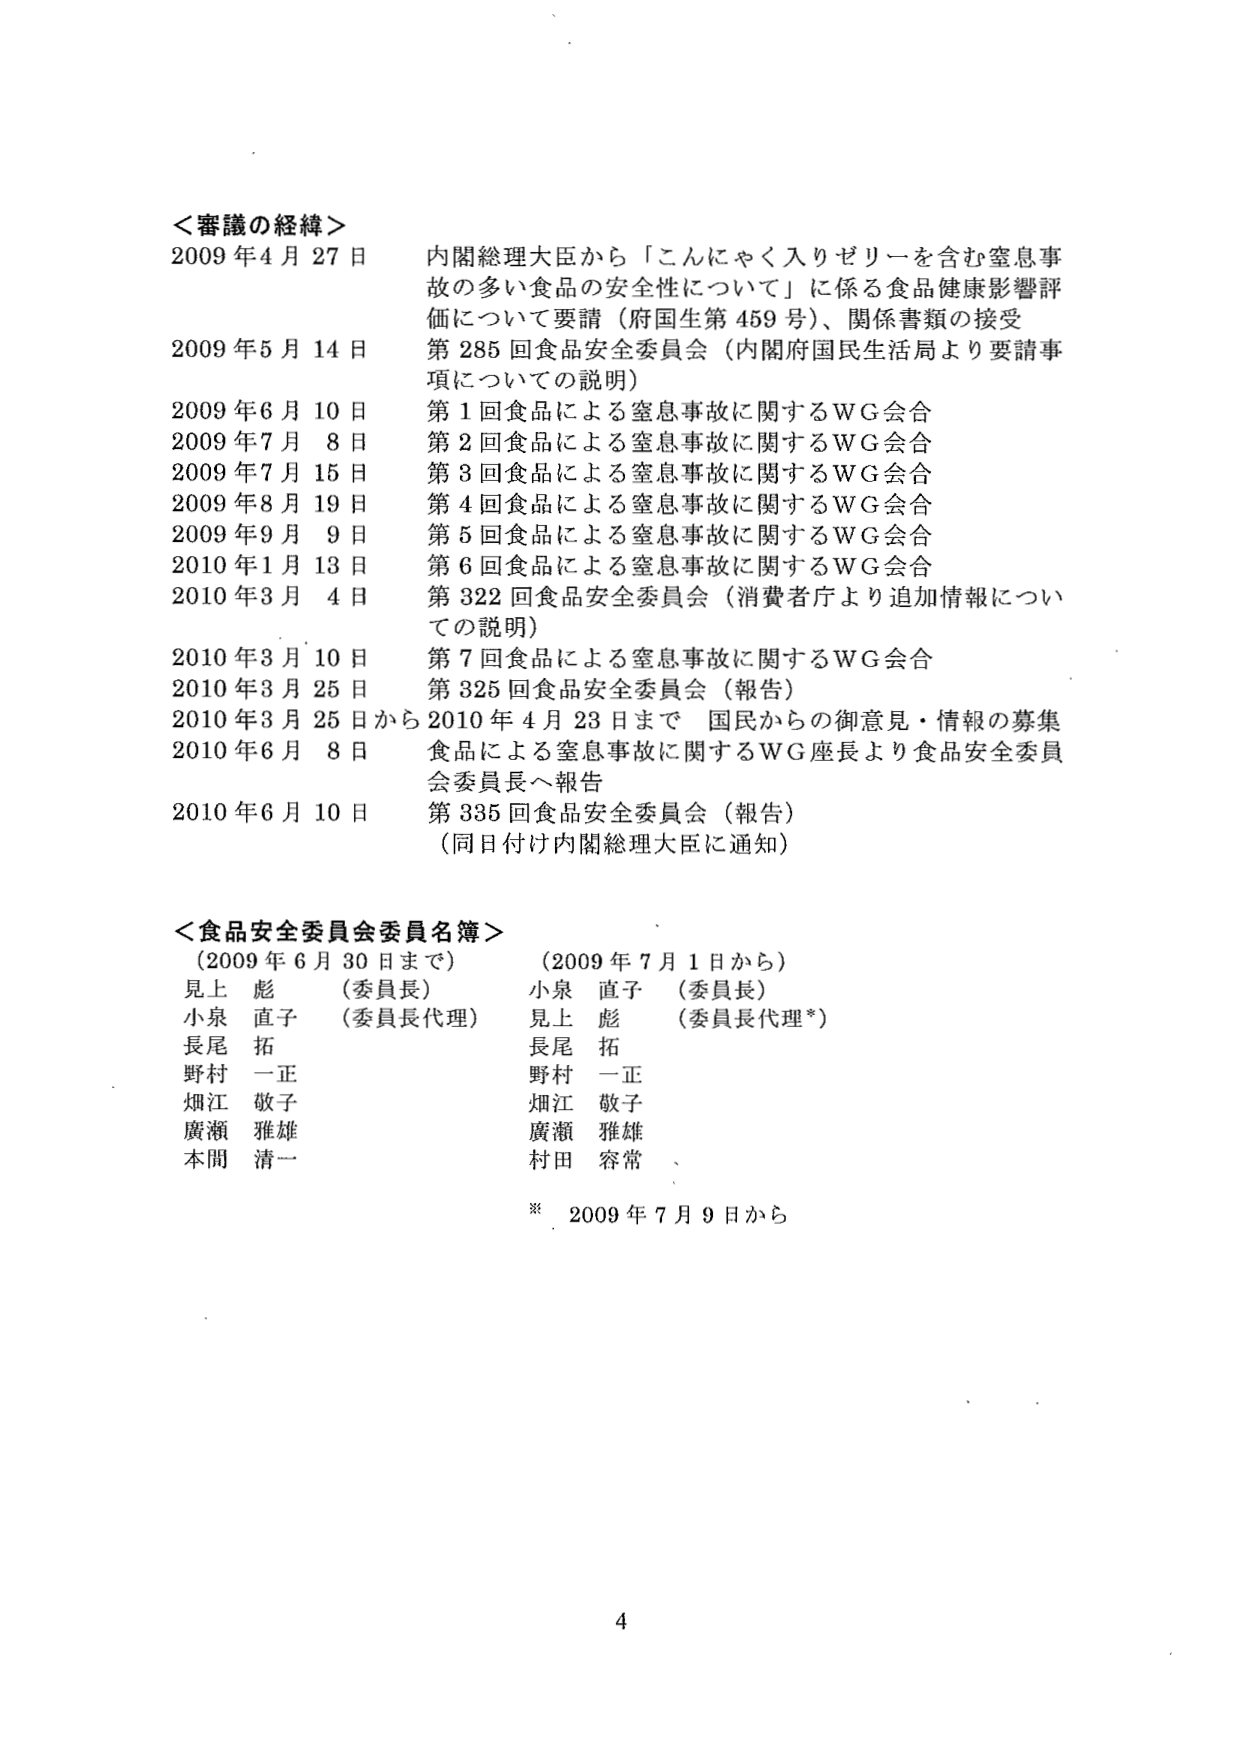
＜審議の経緯＞
2009年4月27日 内閣総理大臣から「こんにゃく入りゼリーを含む窒息事故の多い食品の安全性について」に係る食品健康影響評価について要請（府国生第459号）、関係書類の接受
2009年5月14日 第285回食品安全委員会（内閣府国民生活局より要請事項についての説明）
2009年6月10日 第1回食品による窒息事故に関するWG会合
2009年7月8日 第2回食品による窒息事故に関するWG会合
2009年7月15日 第3回食品による窒息事故に関するWG会合
2009年8月19日 第4回食品による窒息事故に関するWG会合
2009年9月9日 第5回食品による窒息事故に関するWG会合
2010年1月13日 第6回食品による窒息事故に関するWG会合
2010年3月4日 第322回食品安全委員会（消費者庁より追加情報についての説明）
2010年3月10日 第7回食品による窒息事故に関するWG会合
2010年3月25日 第325回食品安全委員会（報告）
2010年3月25日から2010年4月23日まで 国民からの御意見・情報の募集
2010年6月8日 食品による窒息事故に関するWG座長より食品安全委員会委員長へ報告
2010年6月10日 第335回食品安全委員会（報告）
（同日付け内閣総理大臣に通知）

＜食品安全委員会委員名簿＞
（2009年6月30日まで） （2009年7月1日から）
見上 彪 （委員長） 小泉 直子 （委員長）
小泉 直子 （委員長代理） 見上 彪 （委員長代理*）
長尾 拓 長尾 拓
野村 一正 野村 一正
畑江 敬子 畑江 敬子
廣瀬 雅雄 廣瀬 雅雄
本間 清一 村田 容常

※ 2009年7月9日から

4